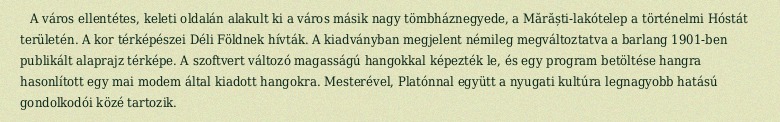
A város ellentétes, keleti oldalán alakult ki a város másik nagy tömbháznegyede, a Mărăști-lakótelep a történelmi Hóstát területén. A kor térképészei Déli Földnek hívták. A kiadványban megjelent némileg megváltoztatva a barlang 1901-ben publikált alaprajz térképe. A szoftvert változó magasságú hangokkal képezték le, és egy program betöltése hangra hasonlított egy mai modem által kiadott hangokra. Mesterével, Platónnal együtt a nyugati kultúra legnagyobb hatású gondolkodói közé tartozik.